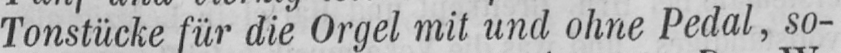
Tonstücke für die Orgel mit und ohne Pedal, so-